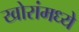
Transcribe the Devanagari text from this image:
खोरांमध्ये